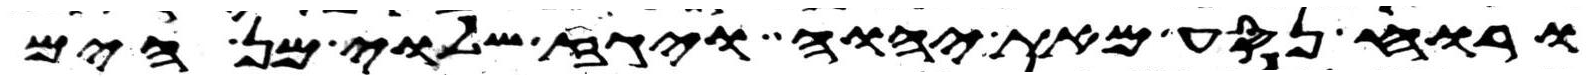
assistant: ורוח נסע מאת יהוה ויגז שלוי מן הים